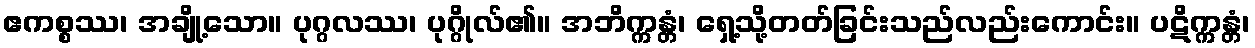
ဧကစ္စဿ၊ အချို့သော။ ပုဂ္ဂလဿ၊ ပုဂ္ဂိုလ်၏။ အဘိက္ကန္တံ၊ ရှေ့သို့တတ်ခြင်းသည်လည်းကောင်း။ ပဋိက္ကန္တံ၊